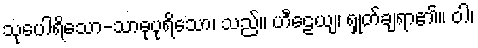
သုပေါရိသော-သာဓုပုရိသော၊ သည်။ ဟီဠေယျ၊ ရှုတ်ချရာ၏။ ဝါ၊